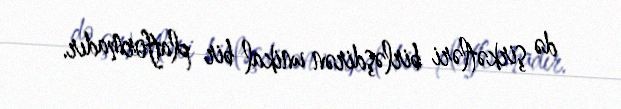
də şirkətləri birləşdirən unikal bir platformadır.